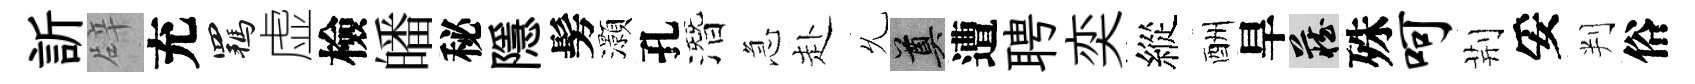
訢辟充羈虚檢皤秘隱髣灝孔潛急赴𠃔奠遭聘奕縱酬旱藏殊呵荆妥判俗